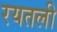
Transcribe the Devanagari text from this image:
रयतली